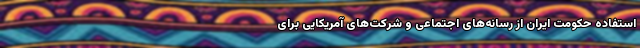
استفاده حکومت ایران از رسانه‌های اجتماعی و شرکت‌های آمریکایی برای